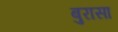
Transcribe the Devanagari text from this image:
बुरासा